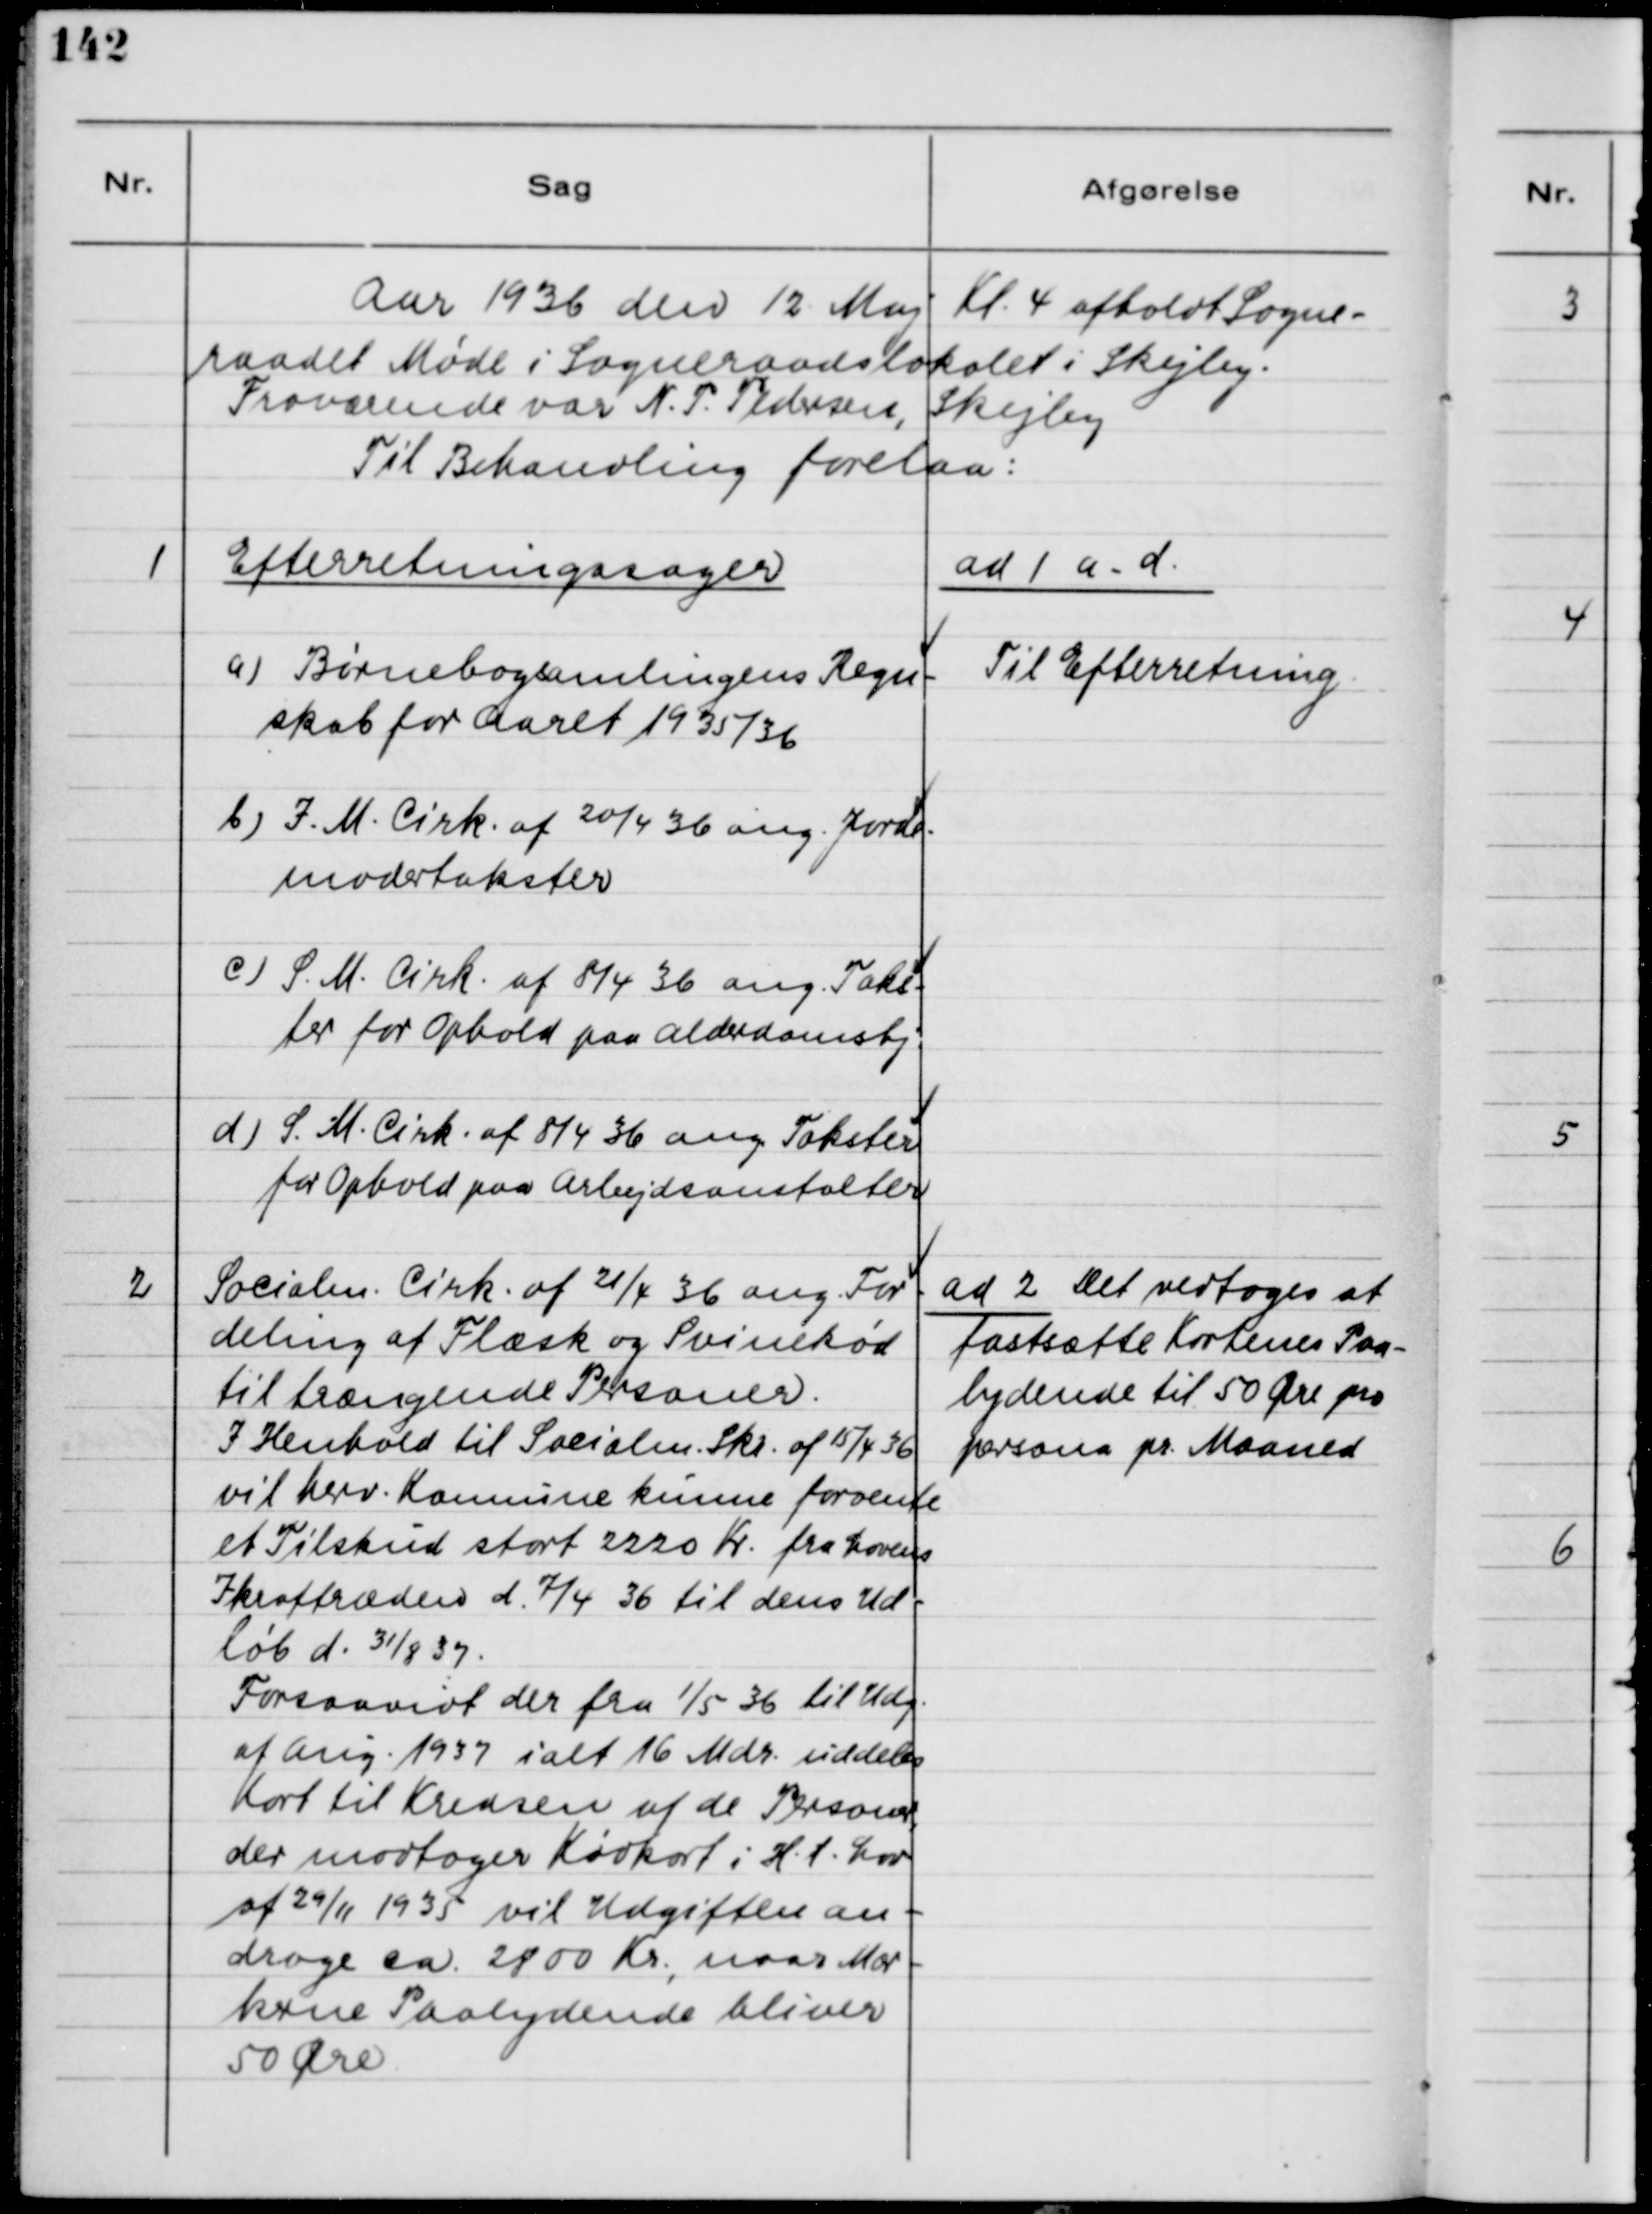
Transskription:
Aar 1936 den 12 Maj Kl. 4 afholdt Sogne-
raadet Møde i Sogneraadetslokalet i Skejby.
Fraværende var N.P. Pedersen, Skejby
Til Behandling forelaa:
1
Efterretningssager
a) Børnebogsamlingens Regn-
skab for Aaret 1935/36.
b) I.M. Cirk. af 20/4 36 ang. Jorde-
modertakster.
c) S.M. Cirk. af 8/4 36 ang Taks-
ter for Ophold paa Alderdomshj.
d) S.M. Cirk. af 8/4 36 ang. Takster
for Ophold paa Arbejdsanstalten.
ad 1 a-d
Til Efterretning.
2.
Socialm. Cirk. af 21/4 36 ang. For-
deling af Flæsk og Svinekød
til trængende Personer.
I Henhold til Socialm. Skr. af 15/4 36
vil herv. Kommune kunne forvente
et Tilskud stort 2220 kr fra Lovens
Ikrafttræden d. 7/4 36 til dens Ud-
løb d. 31/8 37
Forsaavidt der fra 1/5 36 til Udg.
af Aug. 1937 ialt 16 Mdr. uddeles
Kort til Kredsen af de Personer,
der modtager Kødkort i H.t. Lov
af 29/11 1935 vil Udgiften An-
drage ca 2800 Kr, naar Mær-
kerne Paalydende bliver
50 Øre
ad 2 Det vedtoges at
fastsætte Kortenes Paa-
lydende til 50 Øre pro
persona pr. Maaned.